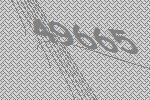
49665